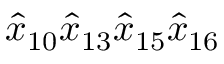
{ \hat { x } } _ { 1 0 } { \hat { x } } _ { 1 3 } { \hat { x } } _ { 1 5 } { \hat { x } } _ { 1 6 }